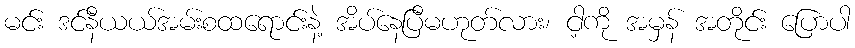
မင်း ဒင်နီယယ်အမ်းစထရောင်းနဲ့ အိပ်နေပြီမဟုတ်လား၊ ငါ့ကို အမှန် အတိုင်း ပြောပါ